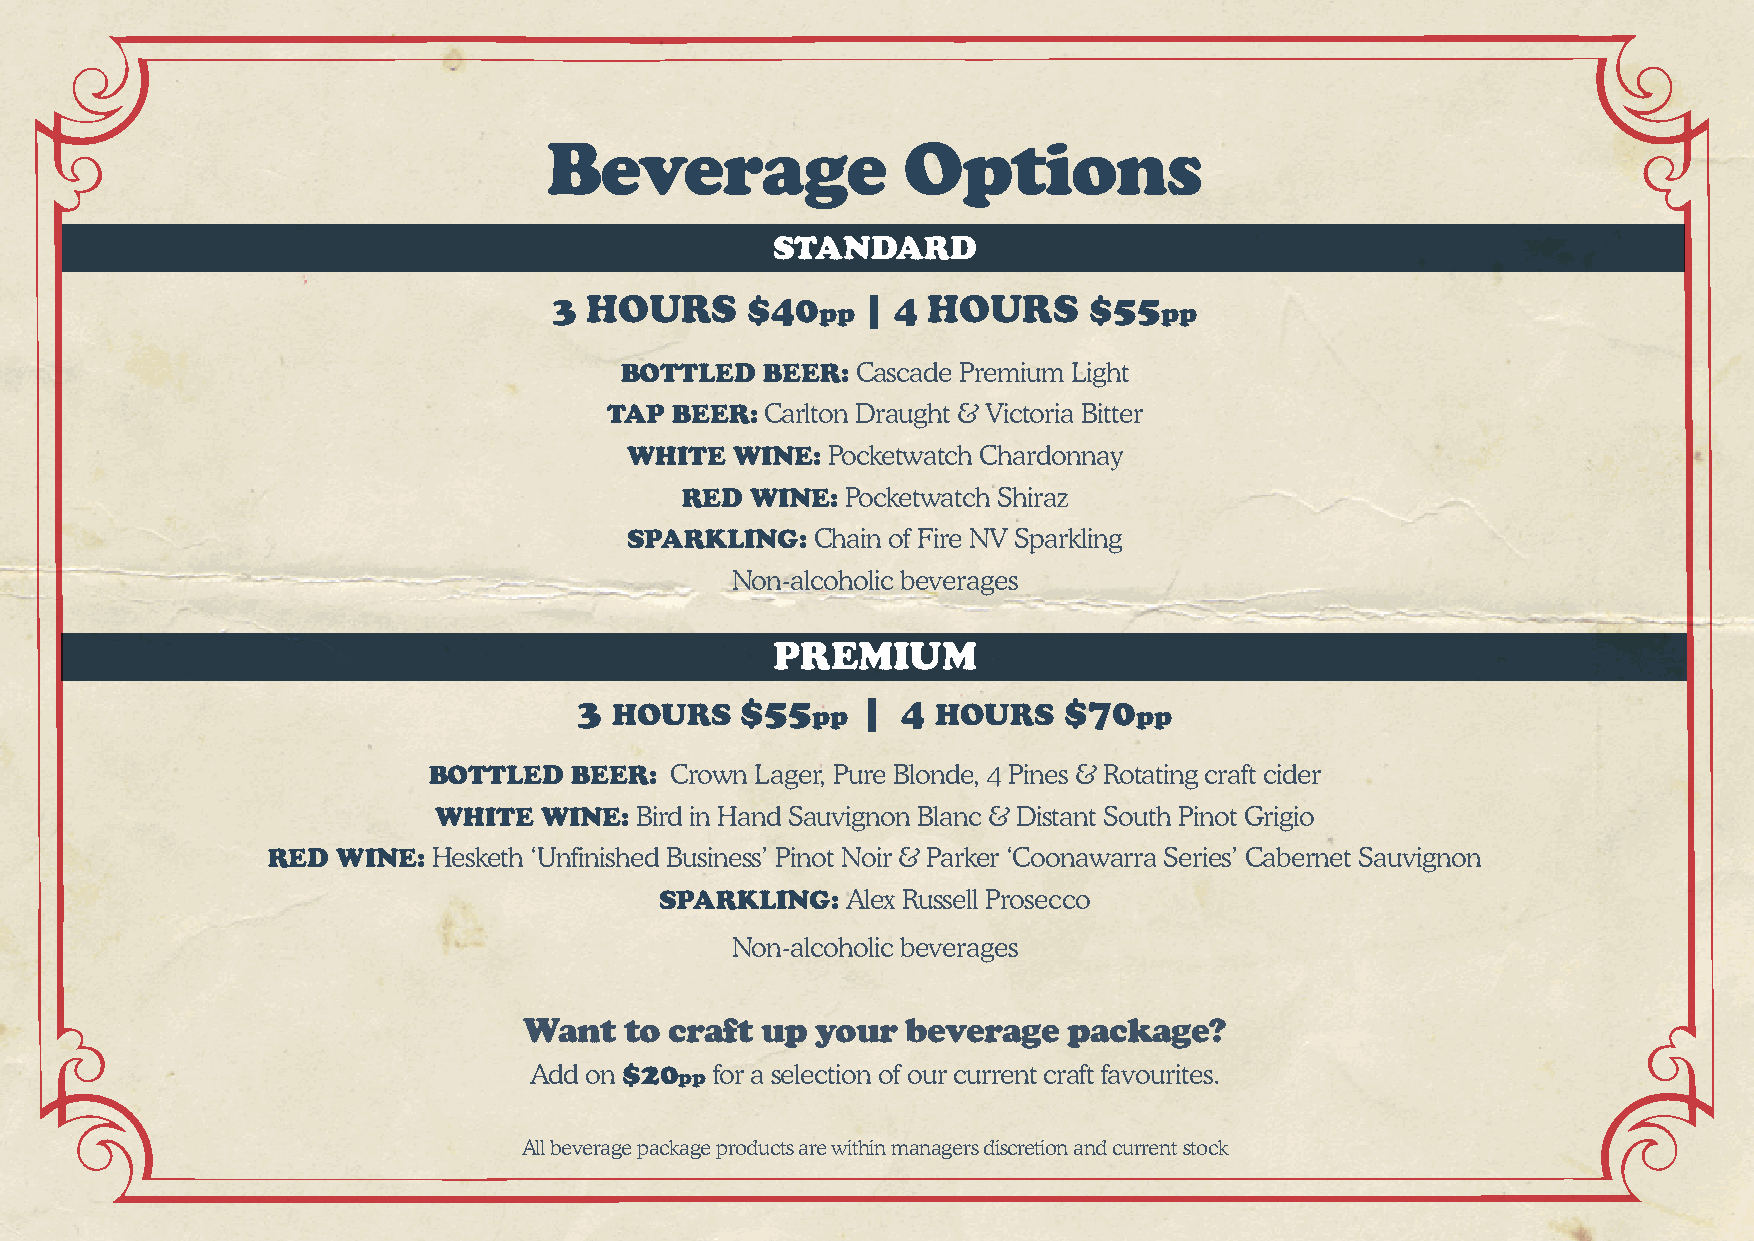
Beverage                Options
 STANDARD
 3 HOURS      $40    | 4 HOURS      $55
 pp                     pp
 BOTTLED   BEER: Cascade Premium Light
 TAP BEER:  Carlton Draught & Victoria Bitter
 WHITE WINE:  Pocketwatch Chardonnay
 RED  WINE: Pocketwatch Shiraz
 SPARKLING:  Chain of Fire NV Sparkling
 Non-alcoholic beverages
 PREMIUM
 3 HOURS    $55  pp |  4 HOURS   $70  pp
 BOTTLED   BEER: Crown Lager, Pure Blonde, 4 Pines & Rotating craft cider
 WHITE  WINE: Bird in Hand Sauvignon Blanc & Distant South Pinot Grigio
 RED WINE:  Hesketh ‘Unfinished Business’ Pinot Noir & Parker ‘Coonawarra Series’ Cabernet Sauvignon
 SPARKLING:  Alex Russell Prosecco
 Non-alcoholic beverages
 Want  to craft up  your  beverage   package?
 Add on $20 pp for a selection of our current craft favourites.
 All beverage package products are within managers discretion and current stock